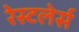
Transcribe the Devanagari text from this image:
रेस्टलेर्स